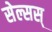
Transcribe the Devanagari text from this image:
सेल्सस्